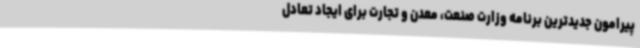
پیرامون جدیدترین برنامه وزارت صنعت، معدن و تجارت برای ایجاد تعادل